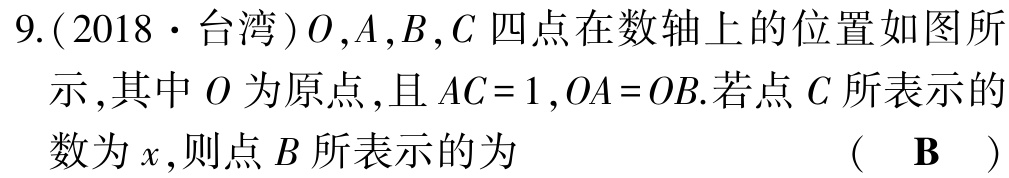
9.(2018·台湾)\(O\),\(A\),\(B\),\(C\) 四点在数轴上的位置如图所示,其中 \(O\) 为原点,且 \(AC = 1\),\(OA = OB\).若点 \(C\) 所表示的数为 \(x\),则点 \(B\) 所表示的为 （ \(\mathbf{B}\) ）